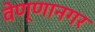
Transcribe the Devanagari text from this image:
वेण्णानगर